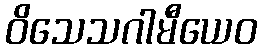
ဝိသေသဂါမီယေဝ